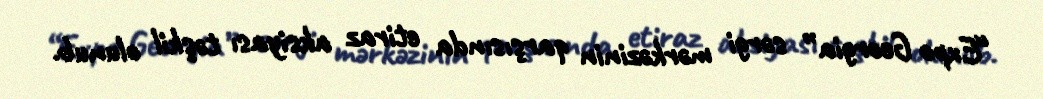
“Expo Georgia” sərgi mərkəzinin qarşısında etiraz aksiyası təşkil olunub.